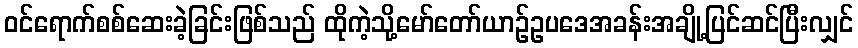
ဝင်ရောက်စစ်ဆေးခဲ့ခြင်းဖြစ်သည် ထိုကဲ့သို့မော်တော်ယာဉ်ဥပဒေအခန်းအချို့ပြင်ဆင်ပြီးလျှင်